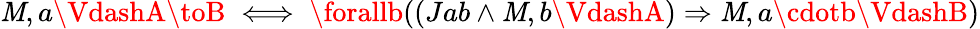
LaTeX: \mathit{M},a\VdashA\toB\iff\forallb((Jab\land\mathit{M},b\VdashA)\Rightarrow\mathit{M},a\cdotb\VdashB)